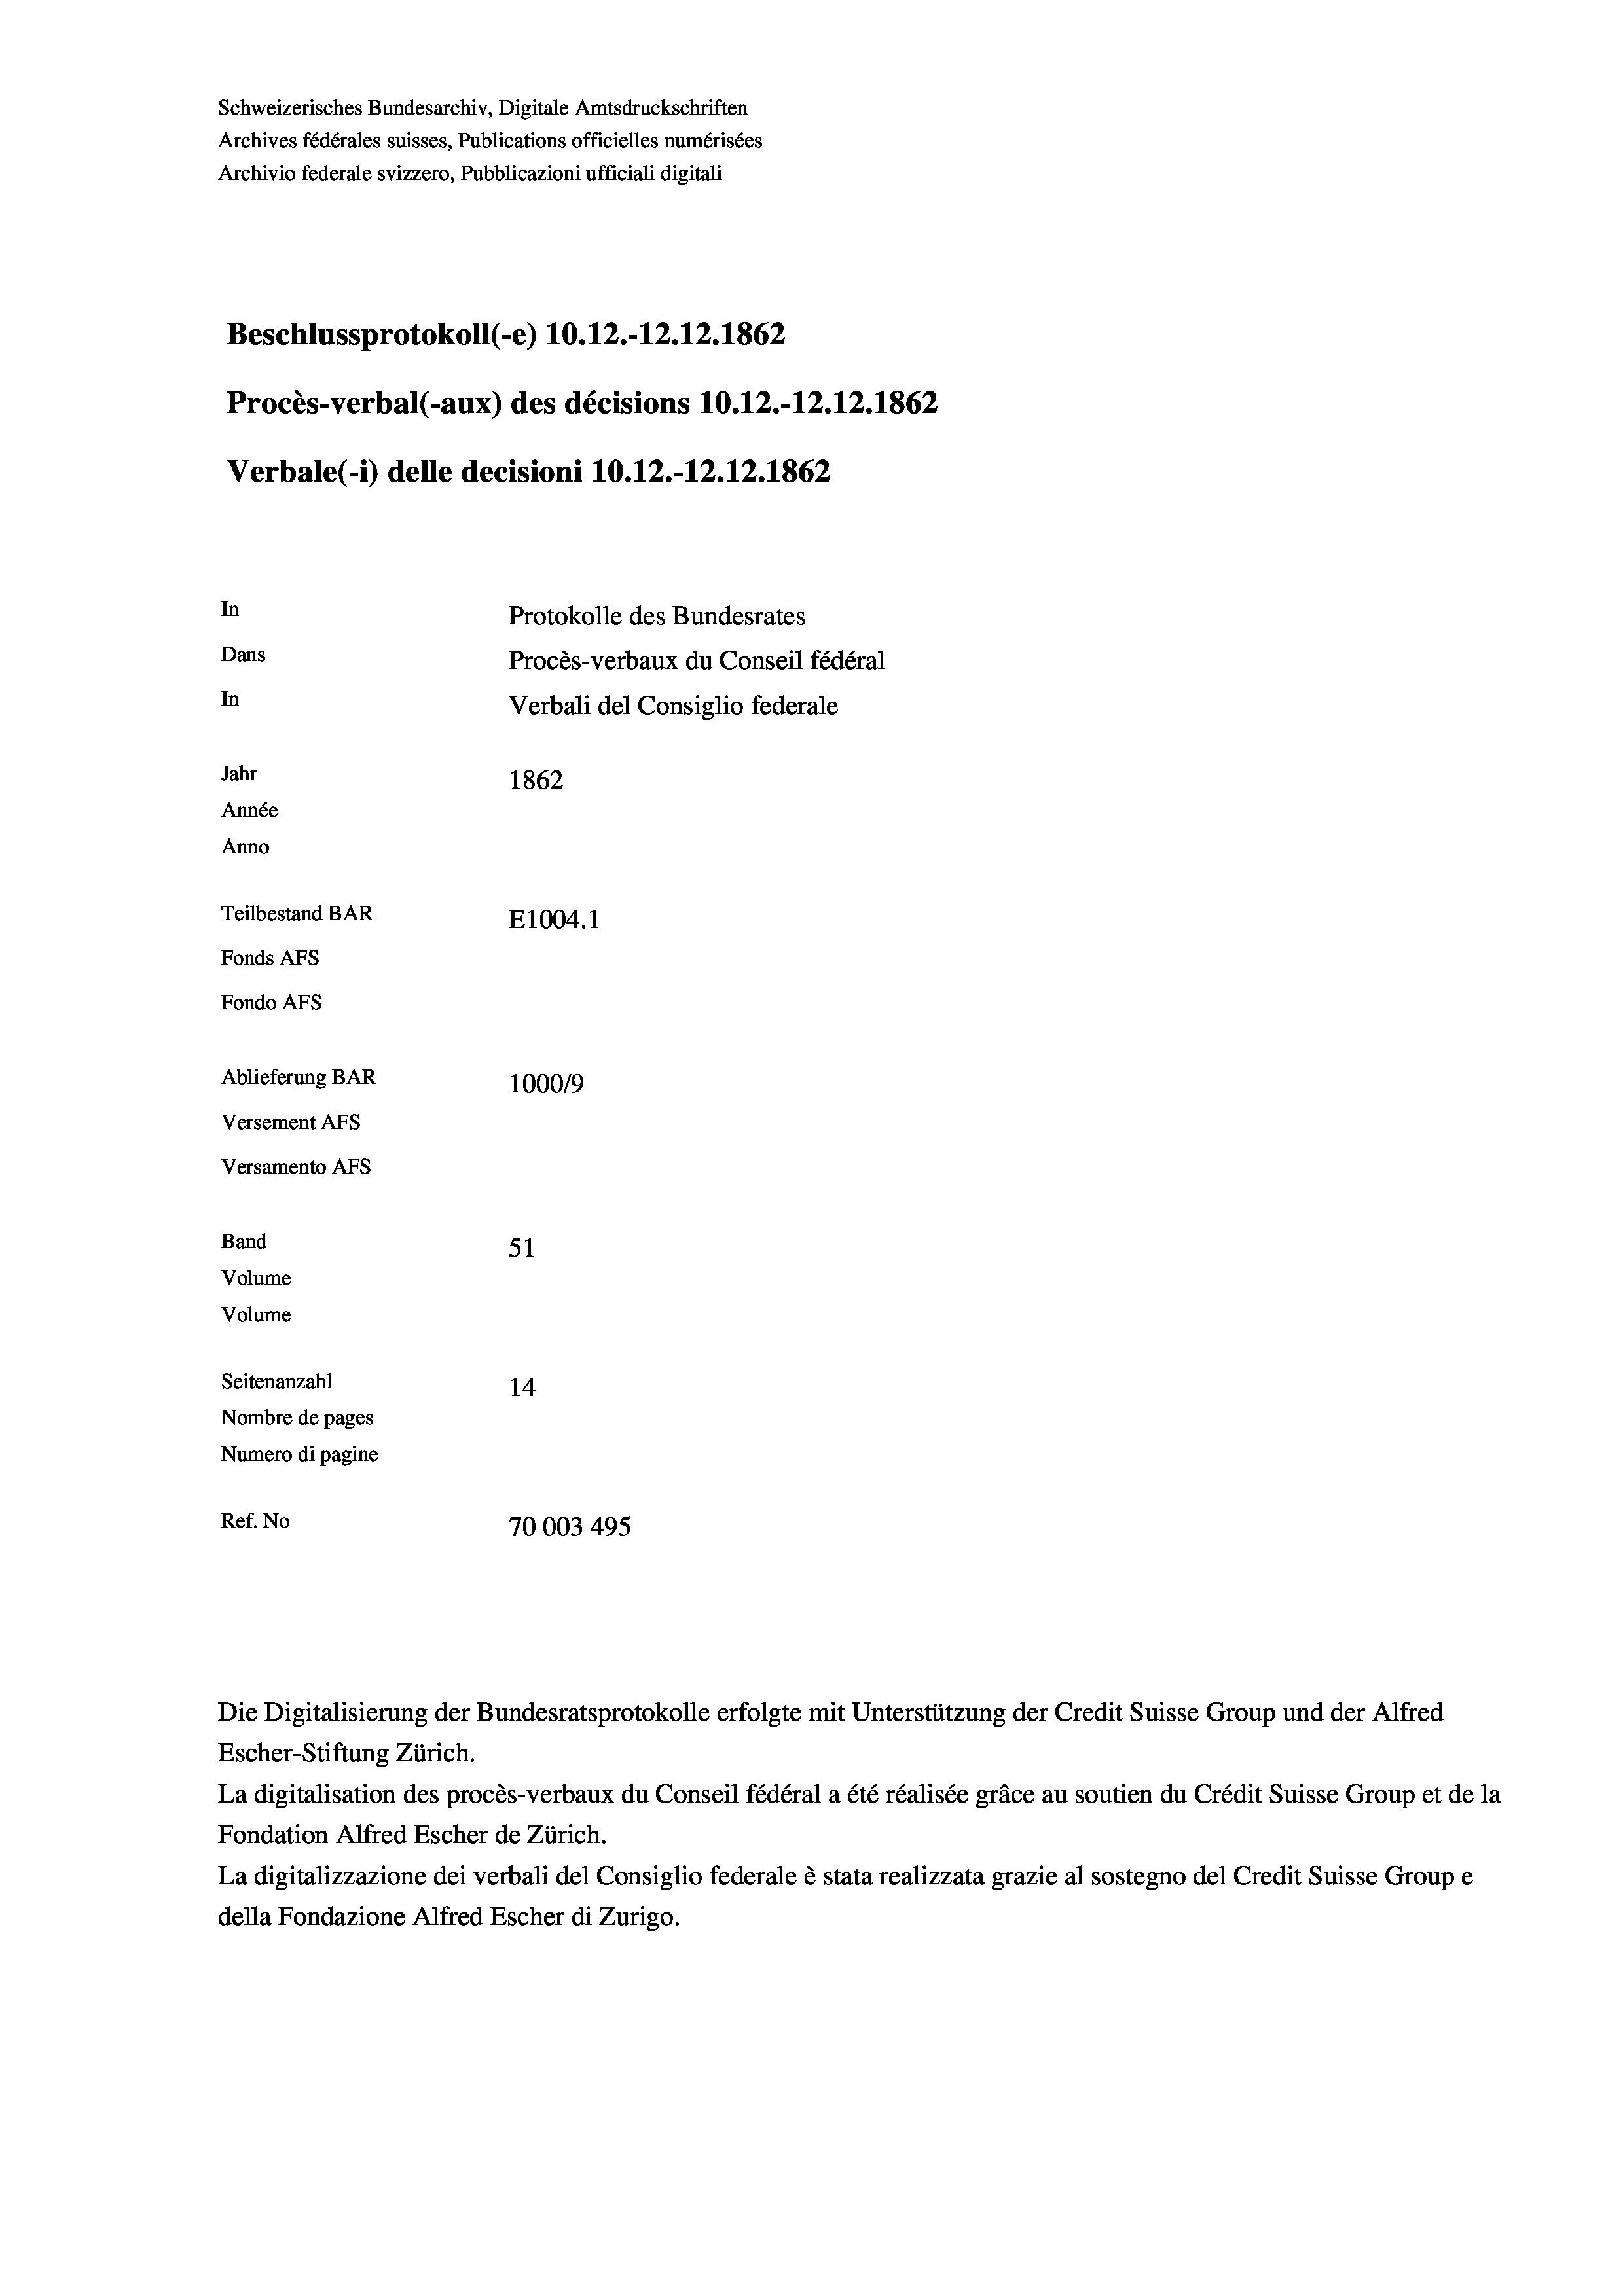
Schweizerisches Bundesarchiv, Digitale Amtsdruckschriften
Archives fédérales suisses, Publications officielles numérisées
Archivio federale svizzero, Pubblicazioni ufficiali digitali
Beschlussprotokoll (-e) 10.12.-12. 12. 1862
Procès-verbal (-aux) des décisions 10.12.-12.12.1862
Verbale (- 1) delle decisioni 10.12.-12.12. 1862
In
Protokolle des Bundesrates
Dans
Procès-verbaux du Conseil fédéral
In
Verbali del Consiglio federale
Jahr
1862
Année
Anno
Teilbestand BAR
E1004. 1
Fonds AFs
Fondo AFs
Ablieferung BAR
100019
Versement AFs
Versamento AFs
Band
51
Volume
Volume
Seitenanzahl
14

Nombre de pages
Numero di pagine
Ref. No
70003 495

Die Digitalisierung der Bundesratsprotokolle erfolgte mit Unterstützung der Credit Suisse Group und der Alfred
Escher-Stiftung Zürich.
La digitalisation des procès-verbaux du Conseil fédéral a été réalisée gräce au soutien du Crédit Suisse Group et de la
Fondation Alfred Escher de Zürich.
La digitalizzazione dei verbali del Consiglio federale è stata realizzata grazie al sostegno del Credit Suisse Groupe
della Fondazione Alfred Escher di Zurigo.